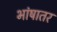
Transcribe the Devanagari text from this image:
भांषातर